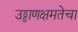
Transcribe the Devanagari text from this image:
उड्डाणक्षमतेचा